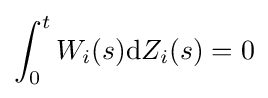
\int _{0}^{t}W_{i}(s){\text{d}}Z_{i}(s)=0